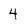
Character: 4